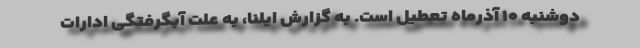
دوشنبه ۱۰ آذرماه تعطیل است. به گزارش ایلنا، به علت آبگرفتگی ادارات